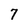
Character: 7